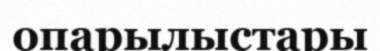
опарылыстары